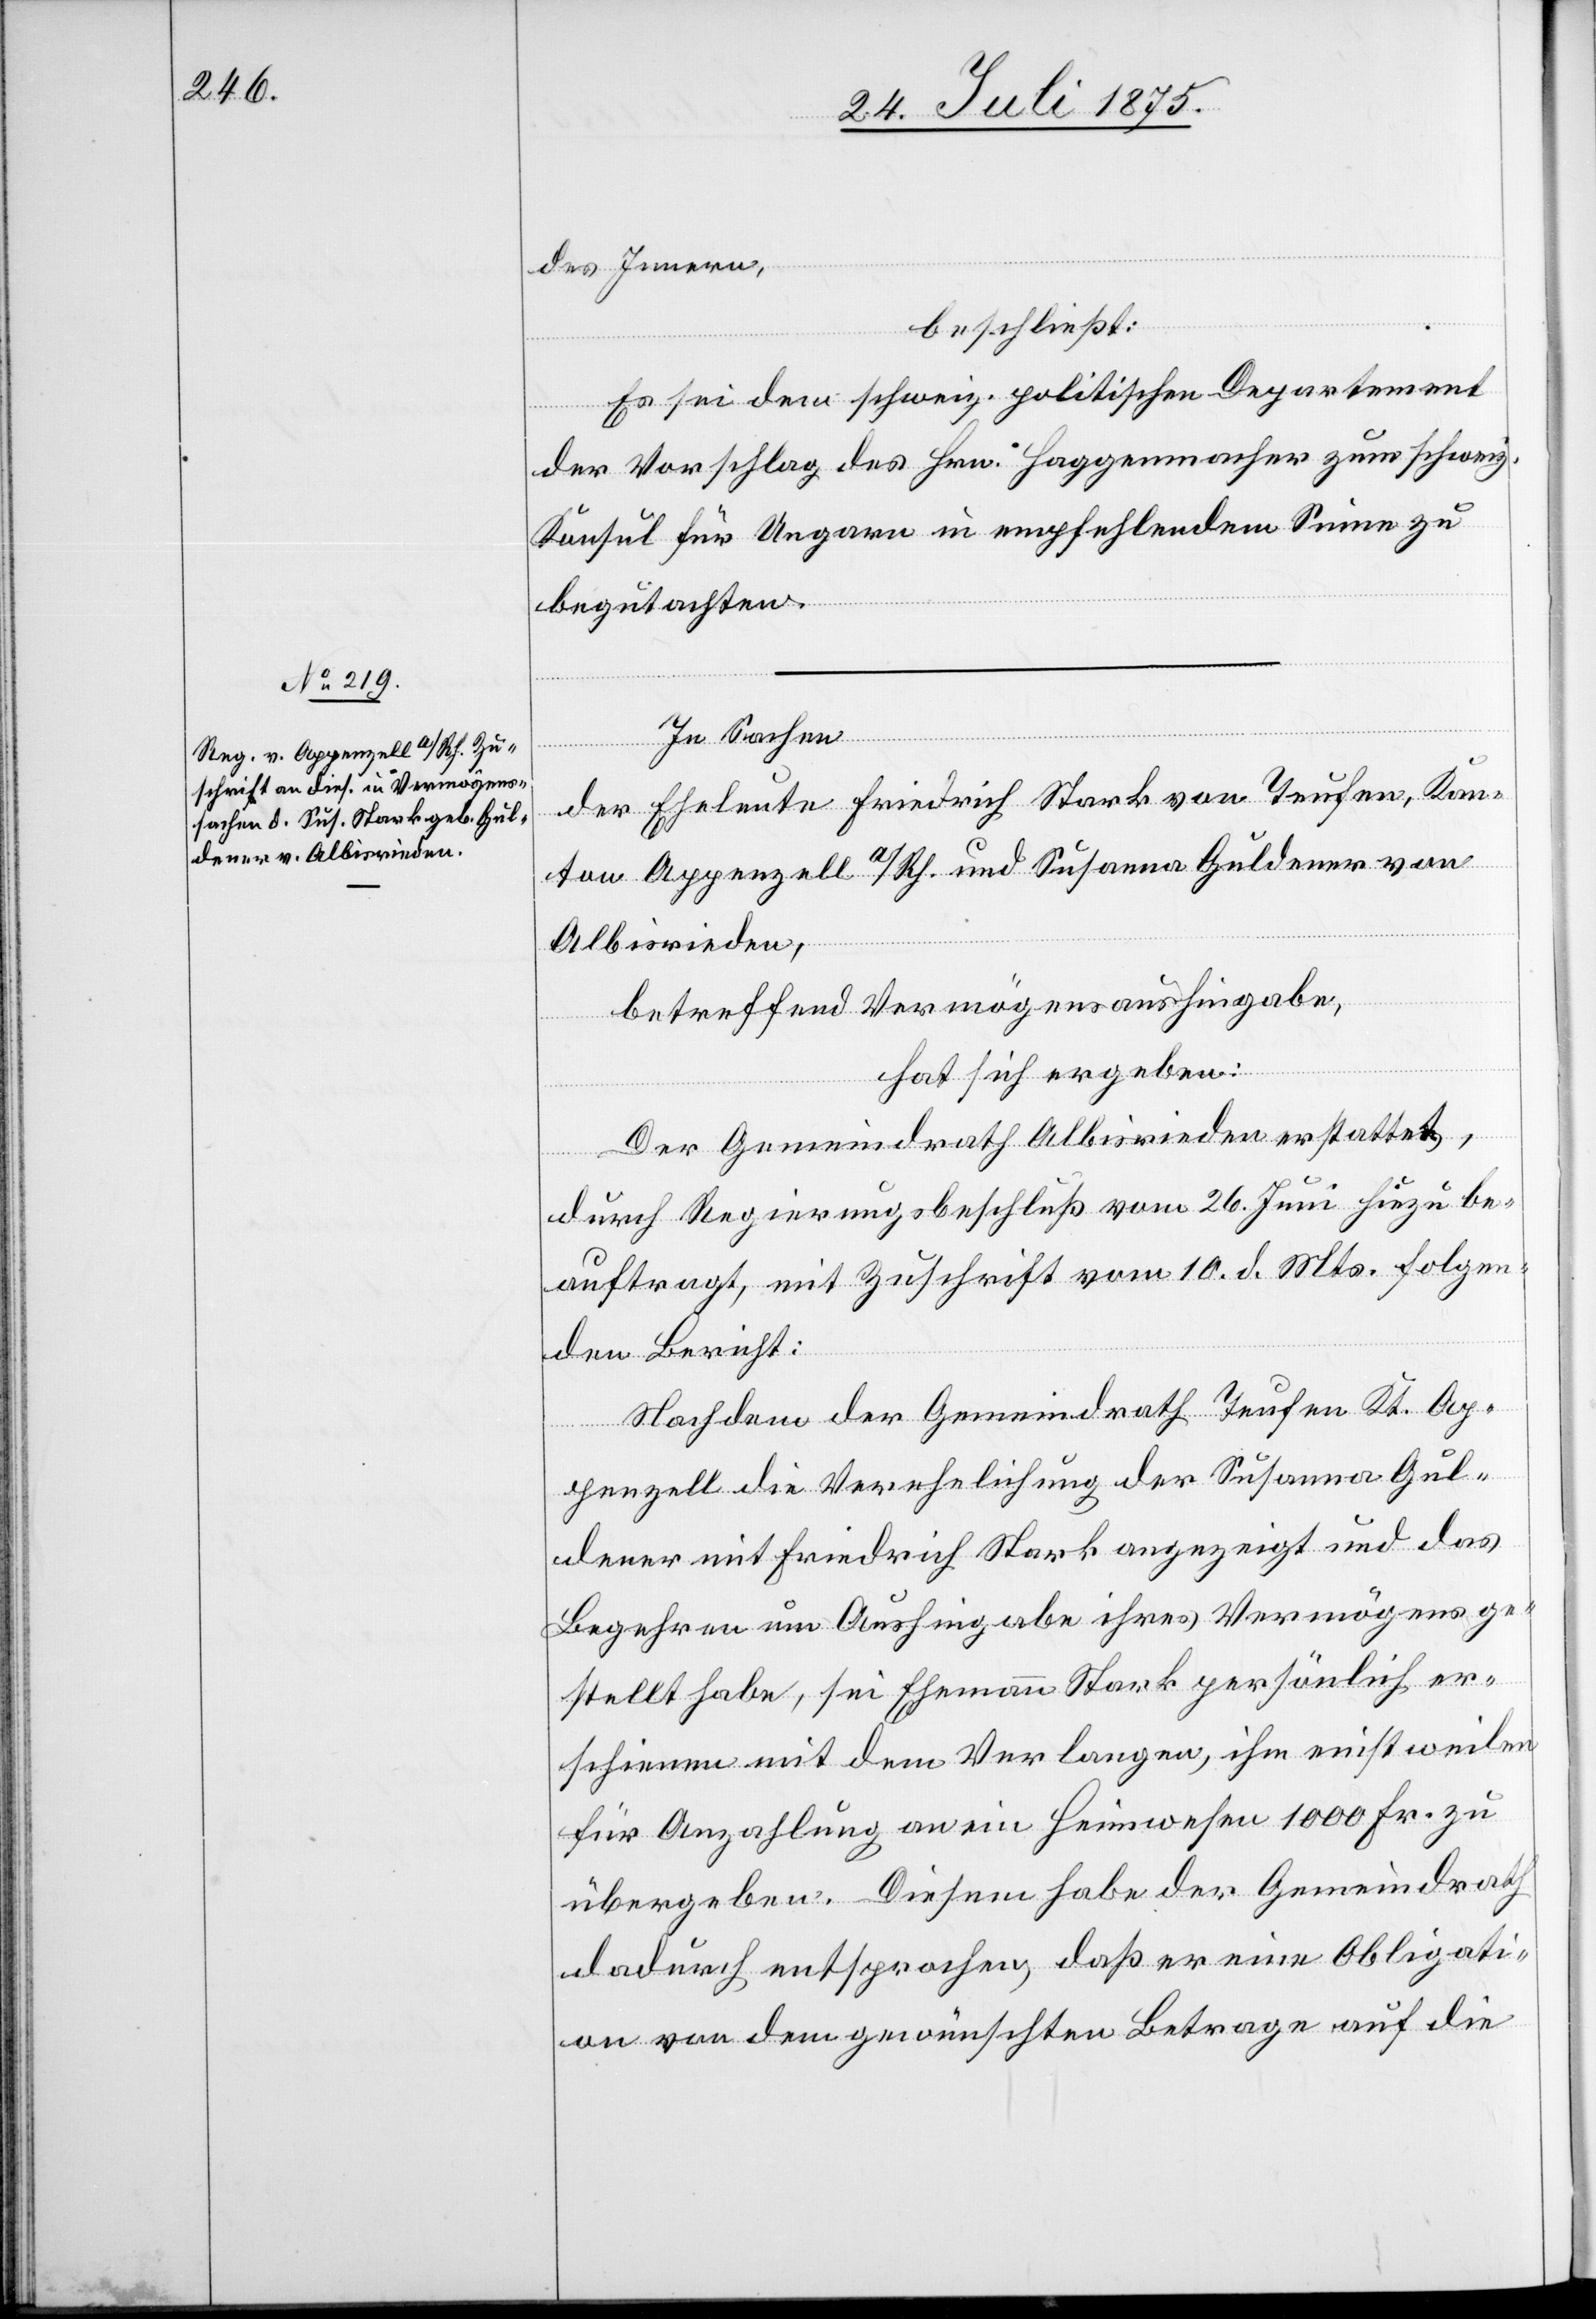
des Innern,
beschließt:
Es sei dem schweiz. politischen Departement
der Vorschlag des Hrn. Haggenmacher zum schweiz.
Konsul für Ungarn in empfehlendem Sinne zu
begutachten.
In Sachen
überg¬
der Eheleute Friedrich Stark von Teufen , Kan¬
ton Appenzell a/Rh. und Susanna Guldener von
Albisrieden,
betreffend Vermögensaushingabe,
hat sich ergeben:
Der Gemeindrath Albisrieden erstattet,
drath
durch Regierungsbeschluss vom 26. Juni hiezu be¬
auftragt, mit Zuschrift vom 10. d. Mts. folgen¬
den Bericht:
Nachdem der Gemeindrath Teufen Kt. Ap¬
Gemein¬
penzell die Verehelichung der Susanna Gul¬
dener mit Friedrich Stark angezeigt und das
Begehren um Aushingabe ihres Vermögens ge¬
stellt habe, sei Ehemann Stark persönlich er¬
schienen mit dem Verlangen, ihm einstweilen
für Anzahlung an ein Heimwesen 1000 Fr. zu
dadurch entsprochen, daß er eine Obligati¬
on von dem gewünschten Betrage auf die